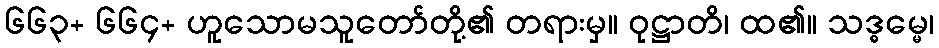
၆၆၃+ ၆၆၄+ ဟူသောမသူတော်တို့၏ တရားမှ။ ဝုဋ္ဌာတိ၊ ထ၏။ သဒ္ဓမ္မေ၊